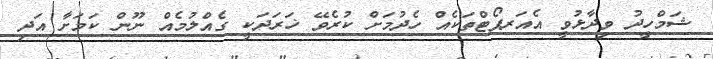
ޝަމްހީދު ވިދާޅުވީ އެއަރޕޯޓްތަކެއް ހެދުމަށް ކުރެވޭ ޚަރަދަކީ ގެއްލުމެއް ނޫން ކަމަށާ އަދި